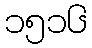
၁၅၁၆